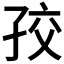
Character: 𡥡